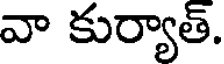
వా కుర్యాత్.